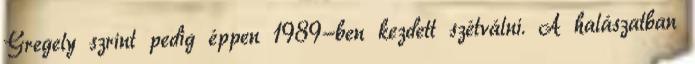
Gregely szrint pedig éppen 1989-ben kezdett szétválni. A halászatban